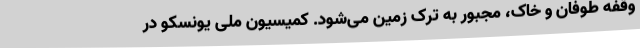
وقفه طوفان و خاک، مجبور به ترک زمین می‌شود. کمیسیون ملی یونسکو در